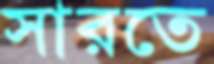
সারতে